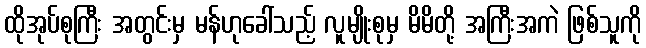
ထိုအုပ်စုကြီး အတွင်းမှ မန်ဟုခေါ်သည့် လူမျိုးစုမှ မိမိတို့ အကြီးအကဲ ဖြစ်သူကို